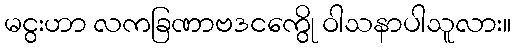
မငွးဟာ လကခြဏာဗဒငကွေို ဝါသနာပါသူလား။